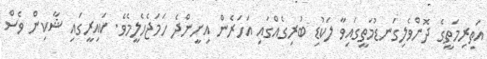
އަތިރިމަތީގެ ދޮންވެލިގަނޑުމަތީގައިވާ ލަކުޑި ބުރިގެއްގައި އަހަރެން އިށީންދެ ހަމަޖެހެލީމެވެ. ކައިރީގައި ޝާކިން ވެސް